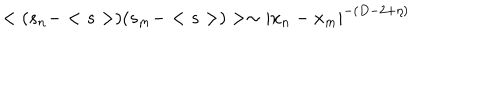
LaTeX: < ( s _ { n } - < s > ) ( s _ { m } - < s > ) > \sim | x _ { n } - x _ { m } | ^ { - ( D - 2 + \eta ) }